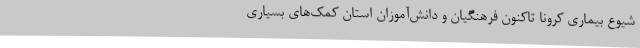
شیوع بیماری کرونا تاکنون فرهنگیان و دانش‌آموزان استان کمک‌های بسیاری